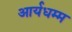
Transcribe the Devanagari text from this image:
आर्यधम्म